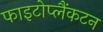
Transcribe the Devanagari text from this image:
फाइटोप्लैंकटन